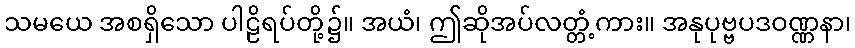
သမယေ အစရှိသော ပါဠိရပ်တို့၌။ အယံ၊ ဤဆိုအပ်လတ္တံ့ကား။ အနုပုဗ္ဗပဒဝဏ္ဏနာ၊